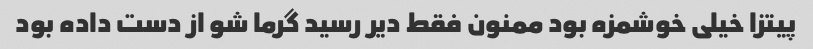
پیتزا خیلی خوشمزه بود ممنون فقط دیر رسید گرما شو از دست داده بود